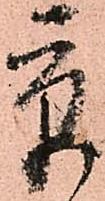
京